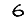
Digit: 6